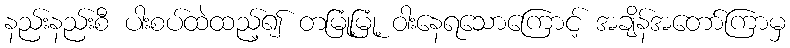
နည်းနည်းစီ ပါးစပ်ထဲထည့်၍ တမြုံ့မြုံ့ ဝါးနေရသောကြောင့် အချိန်အတော်ကြာမှ